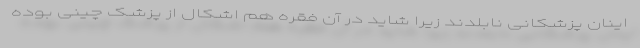
اینان پزشکانی نابلدند زیرا شاید در آن فقره هم اشکال از پزشک چینی بوده